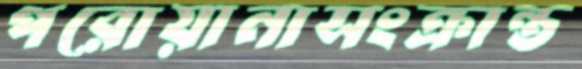
পরোয়ানাসংক্রান্ত